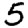
Digit: 5